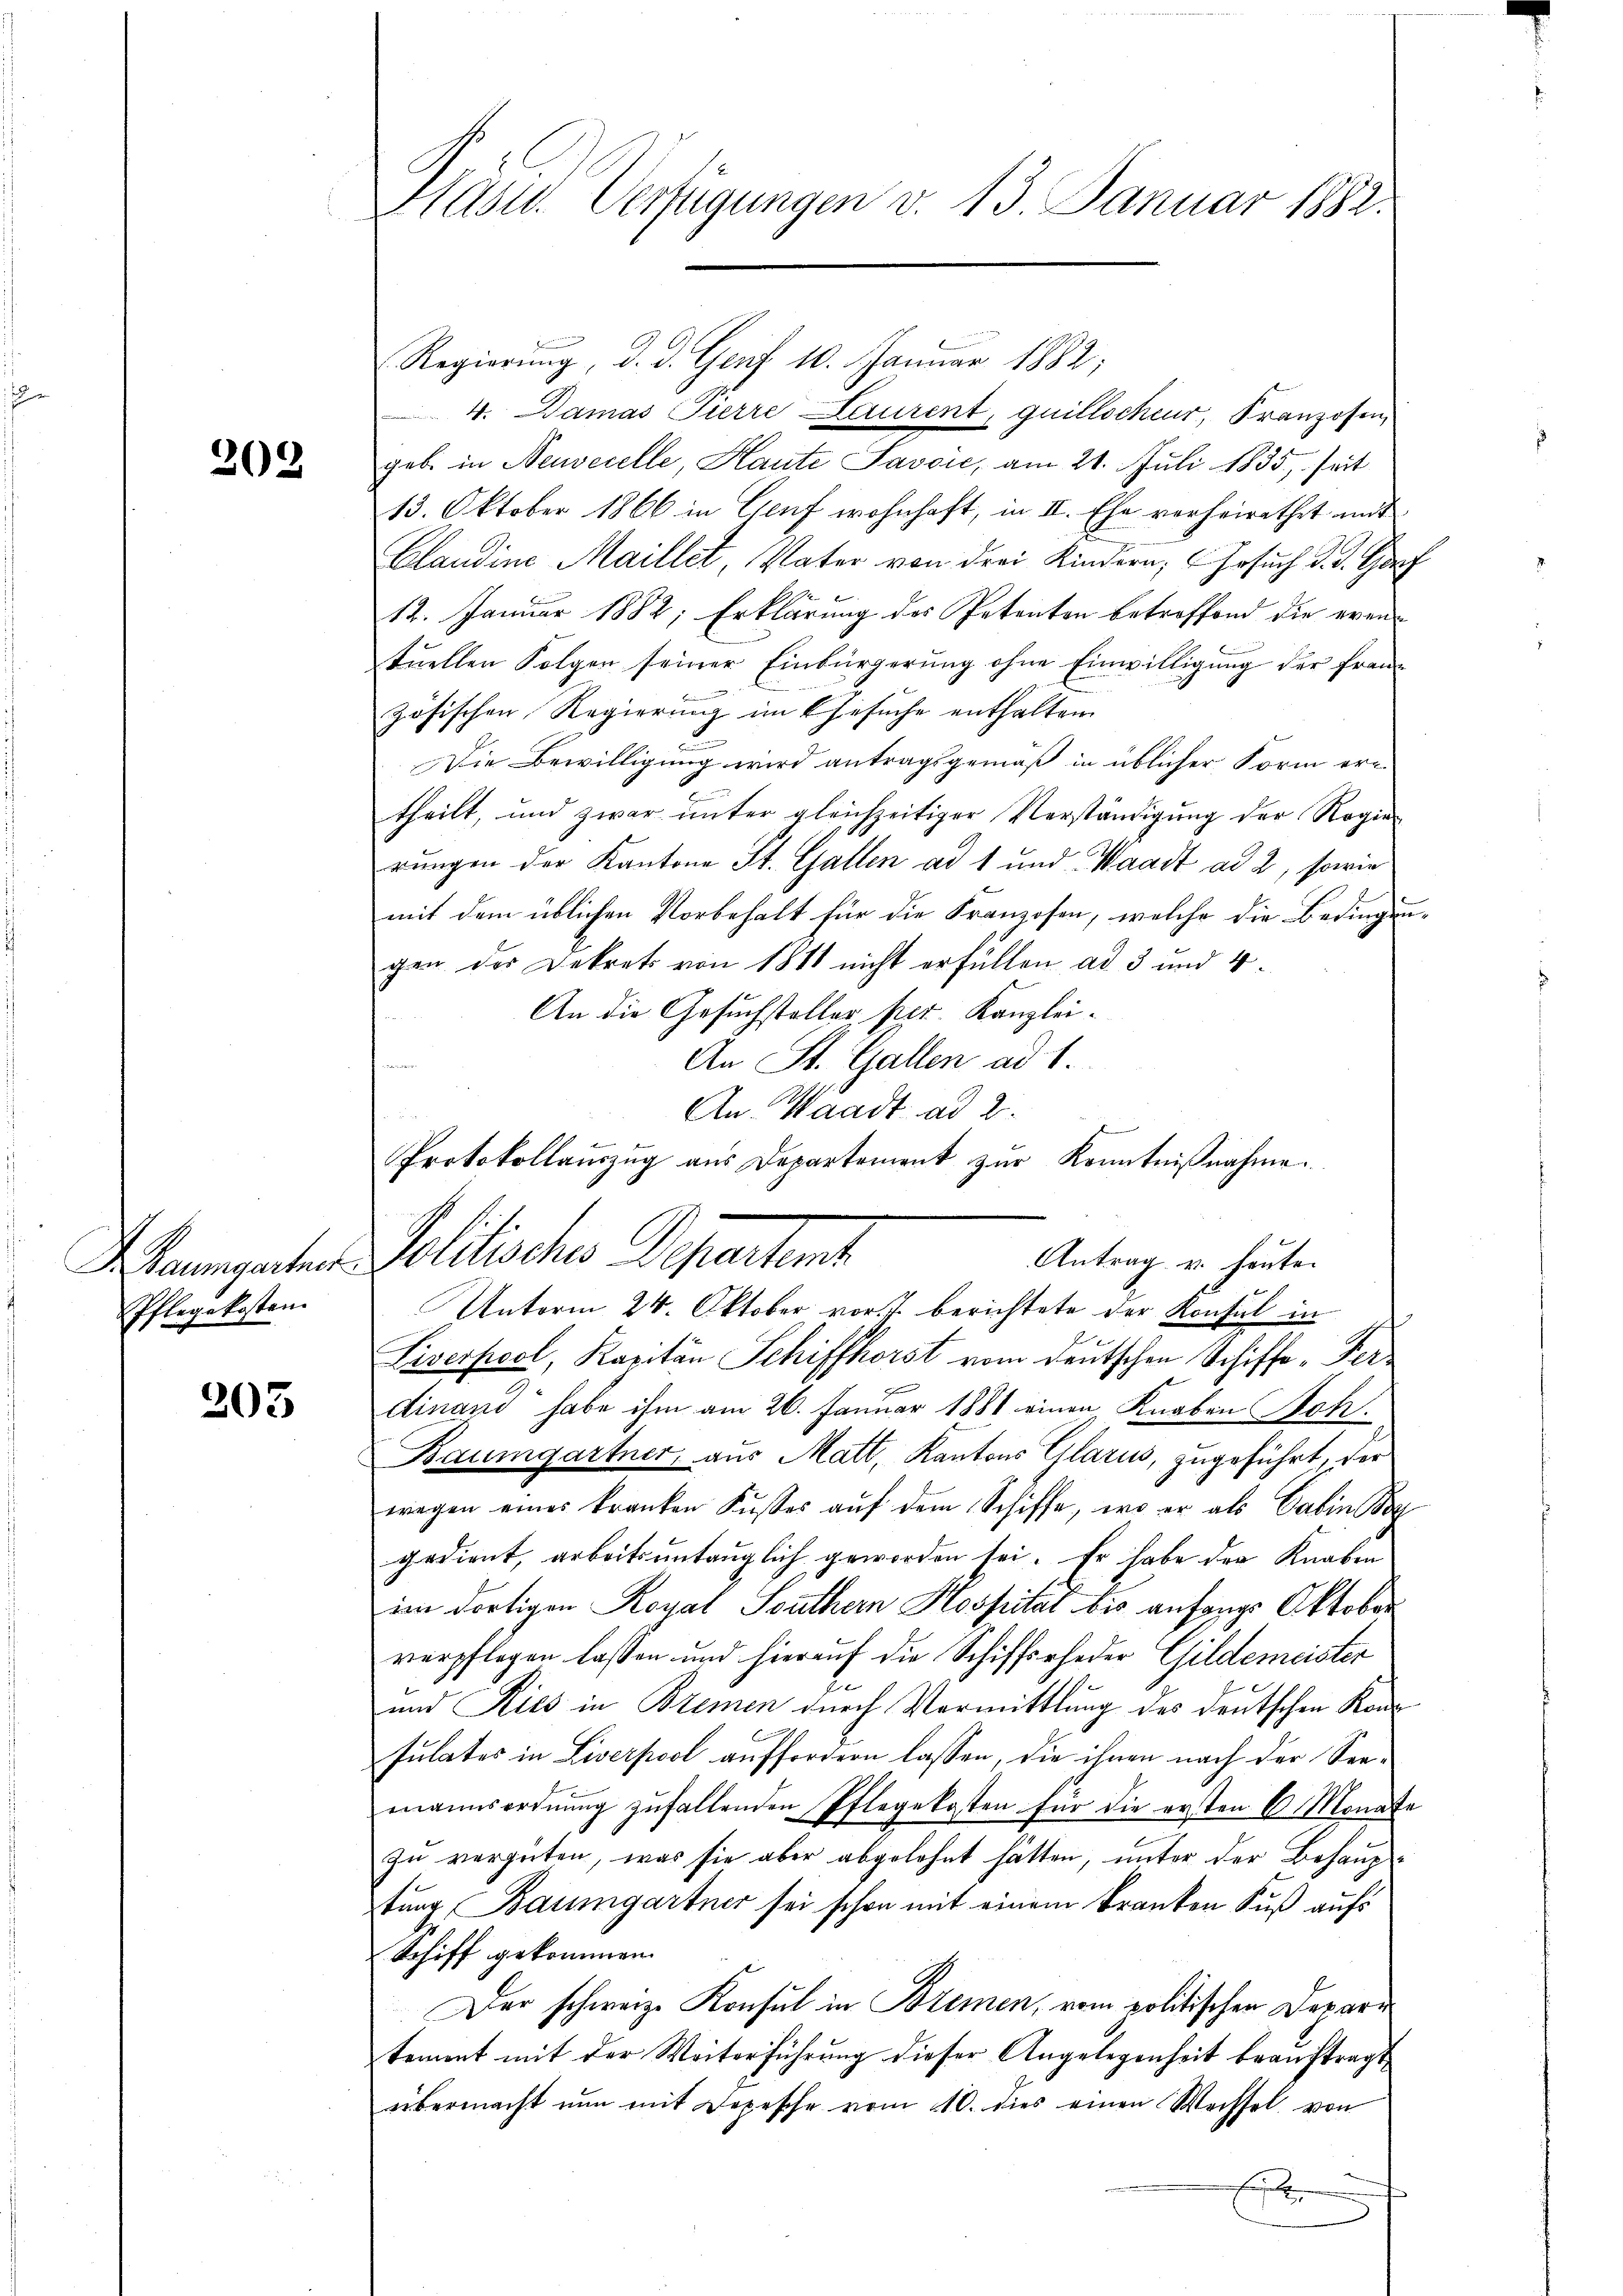
202

Pflegekosten.

205

Präsid. Verfügungen d. 13. Januar 1882.

Regierŭng, d. d. Genf 10. Januar 1882;
4. Damas Tierre Laurent, quilloscheur, Franzosen
geb. in Neuvecelle, Haute Savoie, am 21. Juli 1835, seit
13. Oktober 1866 in Genf wohnhaft, in II. Ehe verheirathet mit
Claudine Maillet Vater von drei Kindern, Gesuch d. d. Ger
12. Januar 1882; Erklärung des Petenten betroffend die eventuellen Folgen seiner Einbürgerung ohne Einwilligung der Franz
zösischen Regierung im Gesuche enthalten.
Die Bewilligung wird antragsgemäß in üblicher Form er-
theilt, und zwar ŭnter gleichzeitiger Verständigŭng der Regie-
rungen der Kantone St. Gallen ad 1 und Waadt ad 2, sowie
mit dem üblichen Vorbehalt für die Franzosen, welche die Bedingen
gen der Dekrets von 1818 nicht erfüllen ad 3 und 4.
An die Gesuchsteller per. Kanzlei¬
An St. Gallen ad 1.
Waungarten Politisches Departent
Liverpost, Kapitän Schiffhorst vom deutschen Schiffe-Verdinand habe ihm am 26. Januar 1881 einen Knaben Satz.
Baumgartner, aus Matt, Kantons Glarus, zugeführt, der
wegen eines kranken Kusses auf dem Schiffe, wo er als Cabin g
gedient, arbeitsuntauglich geworden sei. Er habe der Knaben
im dortigen Royal Southern Hospital bis anfangs Oktober
verpflegen lassen und hierauf die Schiffsrheder Gildemeister
und Kies in Bremen durch Vermittlung des deutschen Konsulates in Liverpool auffordern lassen, die ihnen nach der Seemannsordnung zufallenden Pflegekosten für die ersten 6 Monat.
zu vergüten, was sie aber abgelehnt hätten, unter der Behaupttung Baumgartner sei schon mit einem Kranken Fuß aufs
Schiff gekommen.
Der schweiz. Konsul in Bremen, vom politischen Deparitement mit der Weiterführung dieser Angelegenheit beauftragt
übermacht nun mit Depesche vom 10. dies einen Wechsel von
Ei

An Waadt ad 2.
Protokollauszug aus Departement zur Kenntnißnahme.
Antrag u. heute.
Unterm 24. Oktober vor 7 berichtete der Konsul in